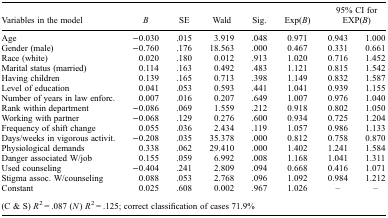
<table><thead><tr><td><b>Variables in the model</b></td><td><b><i>B</i></b></td><td><b>SE</b></td><td><b>Wald</b></td><td><b>Sig.</b></td><td><b>Exp(<i>B</i>)</b></td><td colspan="2"><b>95% CI for EXP(<i>B</i>)</b></td></tr></thead><tbody><tr><td>Age</td><td>−0.030</td><td>.015</td><td>3.919</td><td>.048</td><td>0.971</td><td>0.943</td><td>1.000</td></tr><tr><td>Gender (male)</td><td>−0.760</td><td>.176</td><td>18.563</td><td>.000</td><td>0.467</td><td>0.331</td><td>0.661</td></tr><tr><td>Race (white)</td><td>0.020</td><td>.180</td><td>0.012</td><td>.913</td><td>1.020</td><td>0.716</td><td>1.452</td></tr><tr><td>Marital status (married)</td><td>0.114</td><td>.163</td><td>0.492</td><td>.483</td><td>1.121</td><td>0.815</td><td>1.542</td></tr><tr><td>Having children</td><td>0.139</td><td>.165</td><td>0.713</td><td>.398</td><td>1.149</td><td>0.832</td><td>1.587</td></tr><tr><td>Level of education</td><td>0.041</td><td>.053</td><td>0.593</td><td>.441</td><td>1.041</td><td>0.939</td><td>1.155</td></tr><tr><td>Number of years in law enforc.</td><td>0.007</td><td>.016</td><td>0.207</td><td>.649</td><td>1.007</td><td>0.976</td><td>1.040</td></tr><tr><td>Rank within department</td><td>−0.086</td><td>.069</td><td>1.559</td><td>.212</td><td>0.918</td><td>0.802</td><td>1.050</td></tr><tr><td>Working with partner</td><td>−0.068</td><td>.129</td><td>0.276</td><td>.600</td><td>0.934</td><td>0.725</td><td>1.204</td></tr><tr><td>Frequency of shift change</td><td>0.055</td><td>.036</td><td>2.434</td><td>.119</td><td>1.057</td><td>0.986</td><td>1.133</td></tr><tr><td>Days/weeks in vigorous activit.</td><td>−0.208</td><td>.035</td><td>35.378</td><td>.000</td><td>0.812</td><td>0.758</td><td>0.870</td></tr><tr><td>Physiological demands</td><td>0.338</td><td>.062</td><td>29.410</td><td>.000</td><td>1.402</td><td>1.241</td><td>1.584</td></tr><tr><td>Danger associated W/job</td><td>0.155</td><td>.059</td><td>6.992</td><td>.008</td><td>1.168</td><td>1.041</td><td>1.311</td></tr><tr><td>Used counseling</td><td>−0.404</td><td>.241</td><td>2.809</td><td>.094</td><td>0.668</td><td>0.416</td><td>1.071</td></tr><tr><td>Stigma assoc. W/counseling</td><td>0.088</td><td>.053</td><td>2.768</td><td>.096</td><td>1.092</td><td>0.984</td><td>1.212</td></tr><tr><td>Constant</td><td>0.025</td><td>.608</td><td>0.002</td><td>.967</td><td>1.026</td><td>–</td><td>–</td></tr><tr><td colspan="8">(C &amp; S) <i>R</i><sup>2</sup> = .087 (<i>N</i>) <i>R</i><sup>2</sup> = .125; correct classification of cases 71.9%</td></tr></tbody></table>